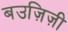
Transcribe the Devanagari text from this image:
बउज़िज़ी